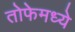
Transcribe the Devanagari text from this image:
तोफेमध्ये